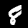
Label: 8